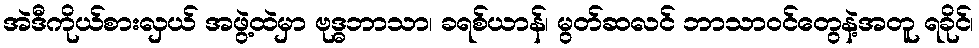
အဲဒီကိုယ်စားလှယ် အဖွဲ့ထဲမှာ ဗုဒ္ဓဘာသာ၊ ခရစ်ယာန်၊ မွတ်ဆလင် ဘာသာဝင်တွေနဲ့အတူ ရခိုင်၊